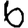
Digit: 6